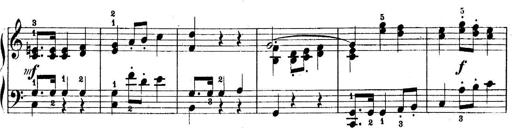
Title: 5 Sonatinas
Composer: Theodor Kirchner